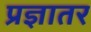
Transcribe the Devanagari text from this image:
प्रज्ञातर